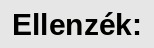
Ellenzék: